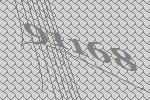
91168